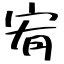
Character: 宥